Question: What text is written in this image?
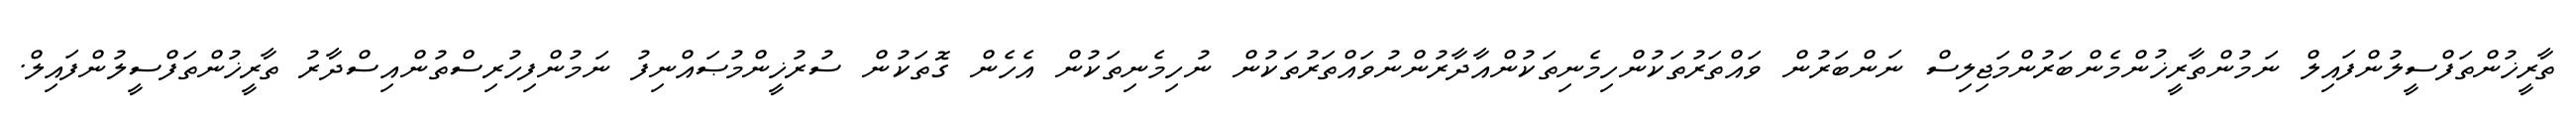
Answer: ތާރީޚުންތަފްސީލުންފައިލް ނަމުންތާރީޚުންމެންބަރުންމަޖިލިސް ނަންބަރުން ވައްތަރުތަކުންހިމެނިތަކުންއާދާރުންނުވައްތަރުތަކުން ނުހިމެނިތަކުން އެހެން ގޮތަކުން ސުރުޚީންމުޞައްނިފު ނަމުންފިހުރިސްތުންއިސްދާރު ތާރީޚުންތަފްސީލުންފައިލް.